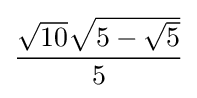
{\frac {{\sqrt {10}}{\sqrt {5-{\sqrt {5}}}}}{5}}